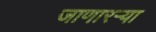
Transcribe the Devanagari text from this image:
जाणारऱ्या